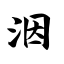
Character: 洇